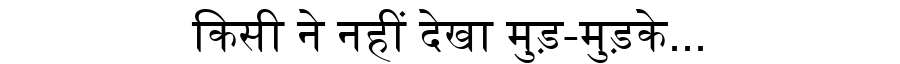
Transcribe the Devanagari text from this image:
किसी ने नहीं देखा मुड़-मुड़के...